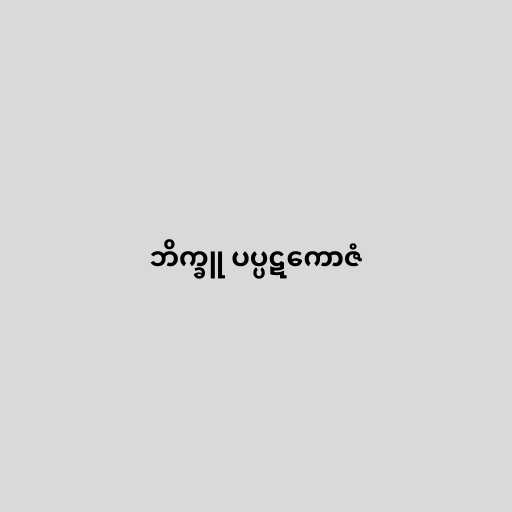
ဘိက္ခူ ပပ္ပဋကောဇံ